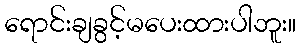
ရောင်းချခွင့်မပေးထားပါဘူး။